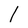
Character: l